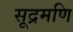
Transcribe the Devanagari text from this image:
सूद्रमणि